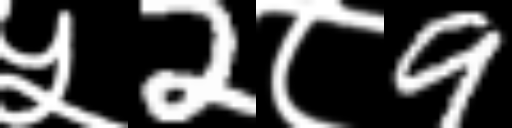
Text: ५2८9